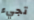
تجيء